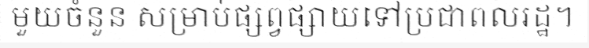
មួយចំនួន សម្រាប់ផ្សព្វផ្សាយទៅប្រជាពលរដ្ឋ។